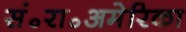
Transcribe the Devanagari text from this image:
सं॰रा॰अमेरिका